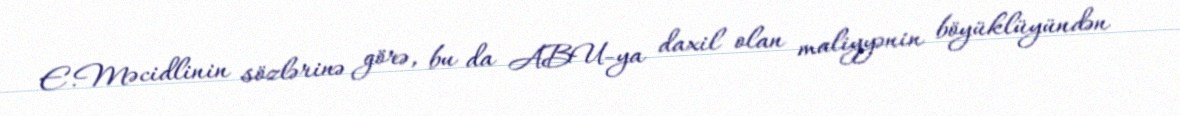
E.Məcidlinin sözlərinə görə, bu da ABU-ya daxil olan maliyyənin böyüklüyündən